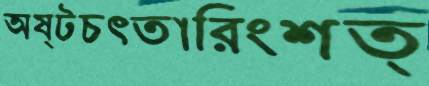
অষ্টচত্তারিংশত্